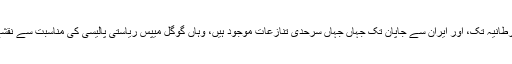
ارجنٹینا سے برطانیہ تک، اور ایران سے جاپان تک جہاں جہاں سرحدی تنازعات موجود ہیں، وہاں گوگل میپس ریاستی پالیسی کی مناسبت سے نقشے دکھاتی ہے۔